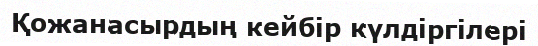
Қожанасырдың кейбір күлдіргілері